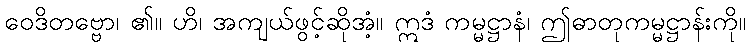
ဝေဒိတဗ္ဗော၊ ၏။ ဟိ၊ အကျယ်ဖွင့်ဆိုအံ့။ ဣဒံ ကမ္မဋ္ဌာနံ၊ ဤဓာတုကမ္မဋ္ဌာန်းကို။